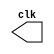
//---------------------
//-- Guia_09
//-- Nome: Jnior
//-- Matricula: 405807
//---------------------

//Clock
module clock ( clk );
 output clk;
 reg    clk;

 initial
  begin
   clk = 1'b0;
  end

 always
  begin
   #30 clk = ~clk;
  end
endmodule


//Exercicio 01
module pulse1 ( signal, clock );
 input  clock;
 output signal;
 reg    signal;

 always @ ( clock )
  begin
      signal = 1'b0;
  #60  signal = 1'b1;
  #60  signal = 1'b0;
  #60  signal = 1'b1;
  end
endmodule

//Exercicio 02
module pulse2 ( signal, clock );
 input  clock;
 output signal;
 reg    signal;
 
 always @ ( clock )
  begin
       signal = 1'b0;
  #10  signal = 1'b1;
  #10  signal = 1'b0;
  end
endmodule

//Exercicio 03
module pulse3 ( signal, clock );
 input  clock;
 output signal;
 reg    signal;

 always @ ( posedge clock )
  begin
      signal = 1'b1;
	#4 signal = 1'b0;
  end
  
 always @ ( negedge clock )
  begin
  			signal = 1'b1;
    #4   signal = 1'b0;
  end
endmodule

//Exercicio 04
module pulse4 ( signal, clock );
 input  clock;
 output signal;
 reg    signal;

  
 always @ ( negedge clock )
  begin
  			signal = 1'b1;
    #150   signal = 1'b0;
  end
endmodule

//Exercicio 05
module pulse5 ( signal, clock );
 input  clock;
 output signal;
 reg    signal;

  
 always @ ( posedge clock )
  begin
  			signal = 1'b1;
    #10   signal = 1'b0;
  end
endmodule

//Mdulo de testes
module testes;

 wire  clock;
 clock clk ( clock );
 wire  p1,//pulso do exercicio 01
 		 p2,//pulso do exercicio 02
		 p3,//pulso do exercicio 03
		 p4,//pulso do exercicio 04
		 p5;//pulso do exercicio 05

 pulse1 PULSE1 ( p1, clock );
 pulse2 PULSE2 ( p2, clock );
 pulse3 PULSE3 ( p3, clock );
 pulse4 PULSE4 ( p4, clock );
 pulse5 PULSE5 ( p5, clock );

 initial begin
  $dumpfile ( "guia09_test.vcd" );
  $dumpvars ( 1, clock, p1, p2, p3, p4, p5 );

  #360 $finish;
 end

endmodule